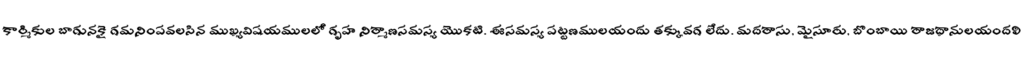
కార్మికుల బాగునకై గమనింపవలసిన ముఖ్యవిషయములలో గృహ నిర్మాణసమస్య యొకటి. ఈసమస్య పట్టణములయందు తక్కువగ లేదు. మదరాసు, మైసూరు, బొంబాయి రాజధానులయందలి